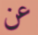
عن